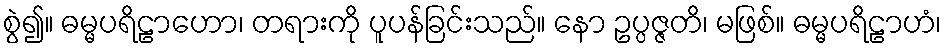
စွဲ၍။ ဓမ္မပရိဠာဟော၊ တရားကို ပူပန်ခြင်းသည်။ နော ဥပ္ပဇ္ဇတိ၊ မဖြစ်။ ဓမ္မပရိဠာဟံ၊